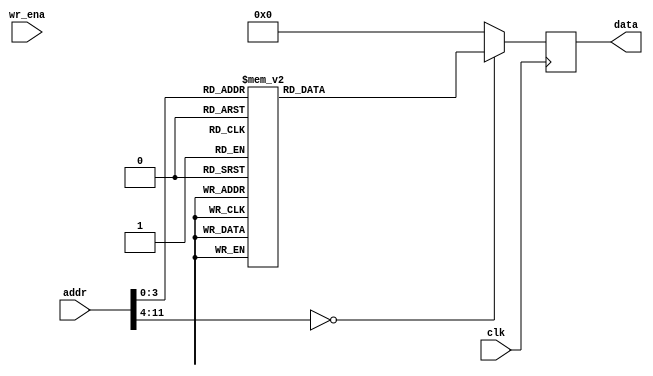
module mem_w_real (clk, addr, wr_ena, data) ;
parameter DATA_WIDTH =  32;
input clk;
input [11:0] addr;
input wr_ena;
output [DATA_WIDTH-1:0] data;
reg    [DATA_WIDTH-1:0] data;
always@(posedge clk) begin 
    case(addr)
        0:  data   <=  32'b0_0000_0000_0000_0000_0000_0000_0000_000;
        1:  data   <=  32'b0_0111_1111_0000_0000_0000_0000_0000_001;//1
        2:  data   <=  32'b0_0111_1110_0000_0000_0000_0000_0000_010;//0.5   3f0
        3:  data   <=  32'b0_1000_0000_0000_0000_0000_0000_0000_011;//2   40
        4:  data   <=  32'b0_0111_1101_0000_0000_0000_0000_0000_100;//0.25    3e8
        5:  data   <=  32'b0_0111_1100_0000_0000_0000_0000_0000_101;//0.125    7e
        6:  data   <=  32'b0_0111_1111_0000_0000_0000_0000_0000_110;//1
        7:  data   <=  32'b0_0111_1110_0000_0000_0000_0000_0000_111;//0.5
        8:  data   <=  32'b0_1000_0000_0000_0000_0000_0000_0001_000;//2
        default: data <= 0;
    endcase
end

endmodule